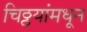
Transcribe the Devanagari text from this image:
चिठ्ठयांमधून